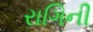
રાગિની